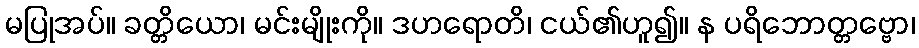
မပြုအပ်။ ခတ္တိယော၊ မင်းမျိုးကို။ ဒဟရောတိ၊ ငယ်၏ဟူ၍။ န ပရိဘောတ္တဗ္ဗော၊